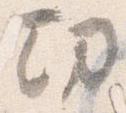
功